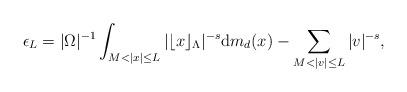
LaTeX: \begin{align*}\epsilon_L=|\Omega|^{-1}\int_{M<|x|\leq L}|\lfloor x\rfloor_{\Lambda}|^{-s}\mathrm{d}m_d(x)-\sum_{M<|v|\leq L}|v|^{-s},\end{align*}